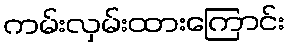
ကမ်းလှမ်းထားကြောင်း